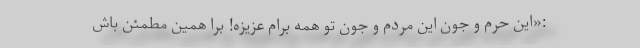
:«این حرم و جون این مردم و جون تو همه برام عزیزه! برا همین مطمئن باش